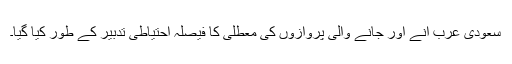
سعودی عرب آنے اور جانے والی پروازوں کی معطلی کا فیصلہ احتیاطی تدبیر کے طور کیا گیا۔